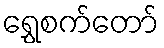
ရွှေစက်တော်